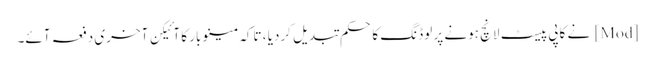
[Mod] نے کاپی پیسٹ لانچ ہونے پر لوڈنگ کا حکم تبدیل کردیا ، تاکہ مینو بار کا آئیکن آخری دفعہ آئے۔